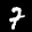
Digit: 7